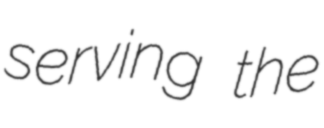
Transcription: serving the